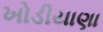
ખોડીયાણા